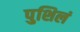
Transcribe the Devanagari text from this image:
पुशिलं